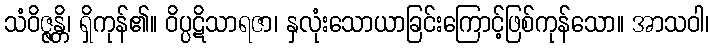
သံဝိဇ္ဇန္တိ၊ ရှိကုန်၏။ ဝိပ္ပဋိသာရဇာ၊ နှလုံးသောယာခြင်းကြောင့်ဖြစ်ကုန်သော။ အာသဝါ၊